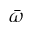
\bar { \omega }